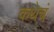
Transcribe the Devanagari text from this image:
कथेचं